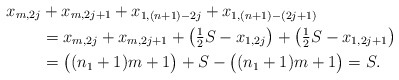
\begin{align*}x_{m,2j} &+ x_{m,2j+1} + x_{1,(n+1)-2j} + x_{1,(n+1)-(2j+1)} \\&= x_{m,2j} + x_{m,2j+1} + \bigl( \tfrac{1}{2} S - x_{1,2j} \bigr) + \bigl( \tfrac{1}{2} S - x_{1,2j+1} \bigr) \\&= \bigl( (n_1 +1 )m +1 \bigr) + S - \bigl( (n_1 +1) m +1 \bigr) =S.\end{align*}